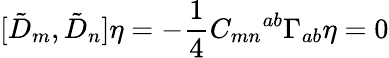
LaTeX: [{\tilde{D}}_{m},{\tilde{D}}_{n}]\eta=-\frac{1}{4}C_{mn}{}^{ab}\Gamma_{ab}\eta=0